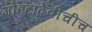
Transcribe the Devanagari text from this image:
मोहटादेवीचीच